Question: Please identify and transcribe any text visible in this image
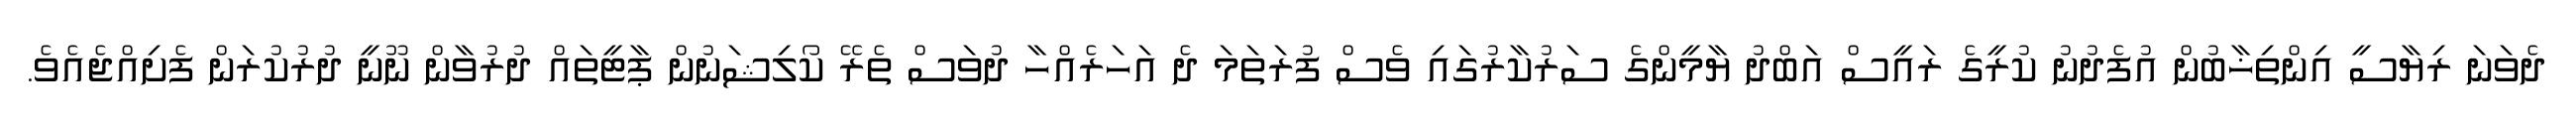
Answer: ދެވަނަ ރިޔާސީ އިންތިޚާބުން އުފެދުނު ކުރީގެ ރައީސް އަބްދު ޔާމީންގެ ސަރުކާރުގައި ވެސް ފުރަތަމަ ދެ އަހަރެއްހާ ދުވަސް ތެރޭ ކޯލިޝަނުން ޕާޓީތައް ދުރުވާން ނޫނީ ދުރުކުރަން ފެށިއްޖެއެވެ.